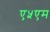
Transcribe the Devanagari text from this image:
ए५एम